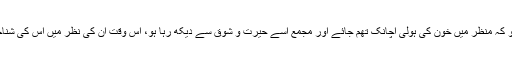
اور فرض کرو کہ منظر میں خون کی ہولی اچانک تھم جائے اور مجمع اسے حیرت و شوق سے دیکھ رہا ہو، اُس وقت اُن کی نظر میں اُس کی شناخت کیا ہوگی؟